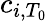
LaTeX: c_{i,T_{0}}